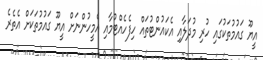
އީޔޫ ގައުމުތަކުގައި ހުރި މުދަލާއި އެކައުންޓުތައް ހިފެހެއްޓުމާއި އެމީހުންނަށް އީޔޫ ގައުމުތަކަށް އެތެރެ